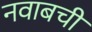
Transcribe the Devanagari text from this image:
नवाबची